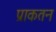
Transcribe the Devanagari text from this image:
प्राकतन